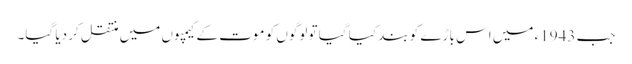
جب 1943ء میں اس باڑے کو بند کیا گیا تو لوگوں کو موت کے کیمپوں میں منتقل کر دیا گیا۔